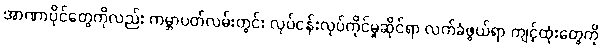
အာဏာပိုင်တွေကိုလည်း ကမ္ဘာပတ်လမ်းတွင်း လုပ်ငန်းလုပ်ကိုင်မှုဆိုင်ရာ လက်ခံဖွယ်ရာ ကျင့်ထုံးတွေကို